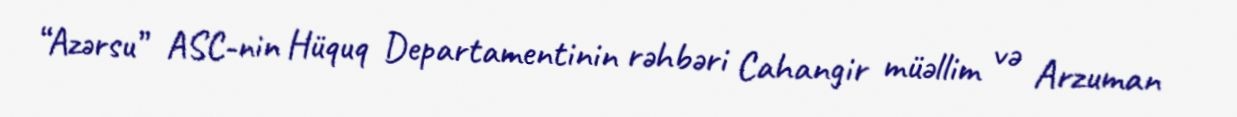
“Azərsu” ASC-nin Hüquq Departamentinin rəhbəri Cahangir müəllim və Arzuman